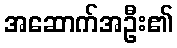
အဆောက်အဦး၏